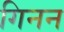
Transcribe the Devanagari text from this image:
गिनन